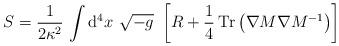
LaTeX: \begin{align*}S={\frac{1}{2\kappa^2}}\,\int {\mathrm{d^4}}x\ \sqrt{-g}\ \left [{R} + \frac{1}{4}\:{\mathrm{Tr}} \left( {\nabla}M {\nabla}M^{-1}\right)\right]\end{align*}